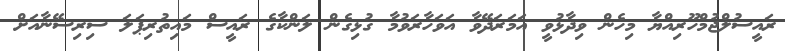
ރައީސުލްޖުމްހޫރިއްޔާ މިހެން ވިދާޅުވީ އަމަރަދޭވާ އަވަހާރަވުމާ ގުޅިގެން ލަންކާގެ ރައީސް މައިތުރިޕަލަ ސިރިސޭނާއަށް